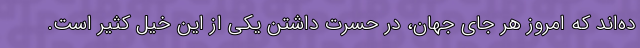
ده‌اند که امروز هر جای جهان، در حسرت داشتن یکی از این خیل کثیر است.